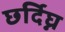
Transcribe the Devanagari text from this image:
छर्दिघ्न